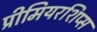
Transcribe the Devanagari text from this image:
प्रीमियरशिप्स